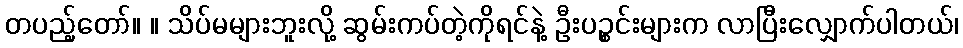
တပည့်တော်။ ။ သိပ်မများဘူးလို့ ဆွမ်းကပ်တဲ့ကိုရင်နဲ့ ဦးပဉ္စင်းများက လာပြီးလျှောက်ပါတယ်၊